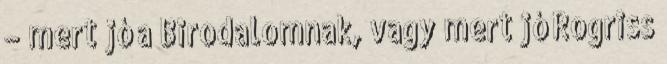
– mert jó a Birodalomnak, vagy mert jó Rogriss